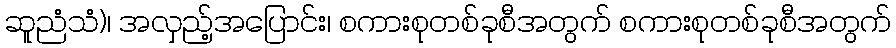
ဆူညံသံ)၊ အလှည့်အပြောင်း၊ စကားစုတစ်ခုစီအတွက် စကားစုတစ်ခုစီအတွက်